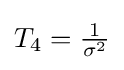
\textstyle T_{4}={\frac {1}{\sigma ^{2}}}